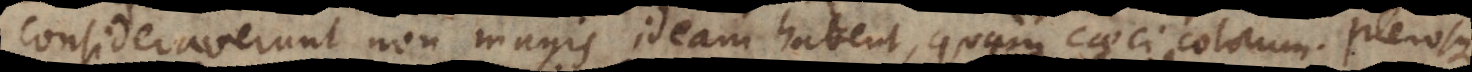
consideraverunt non magis ideam habent, quam caeci colorum. Pleros